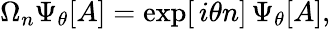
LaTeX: \Omega_{n}\Psi_{\theta}[A]=\exp[\, i\theta n]\, \Psi_{\theta}[A],